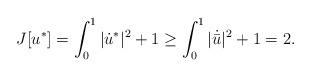
LaTeX: \begin{align*}J[u^*] = \int_0^1 |\dot u^*|^2 + 1\ge\int_0^1 |\dot{ \bar u}|^2 + 1 = 2.\end{align*}